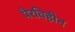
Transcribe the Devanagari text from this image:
पैरविहीन